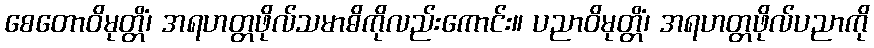
စေတောဝိမုတ္တိံ၊ အရဟတ္တဖိုလ်သမာဓိကိုလည်းကောင်း။ ပညာဝိမုတ္တိံ၊ အရဟတ္တဖိုလ်ပညာကို